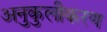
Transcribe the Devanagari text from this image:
अनुकुलीकरण